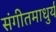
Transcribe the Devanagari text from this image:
संगीतमाधुर्य